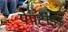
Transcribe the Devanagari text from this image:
पेपटाइड